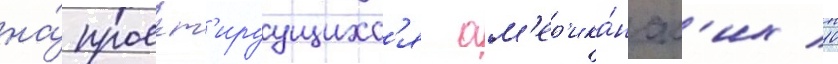
на́ проект'ируущихс'я ам'ер'ика́нск'их 10